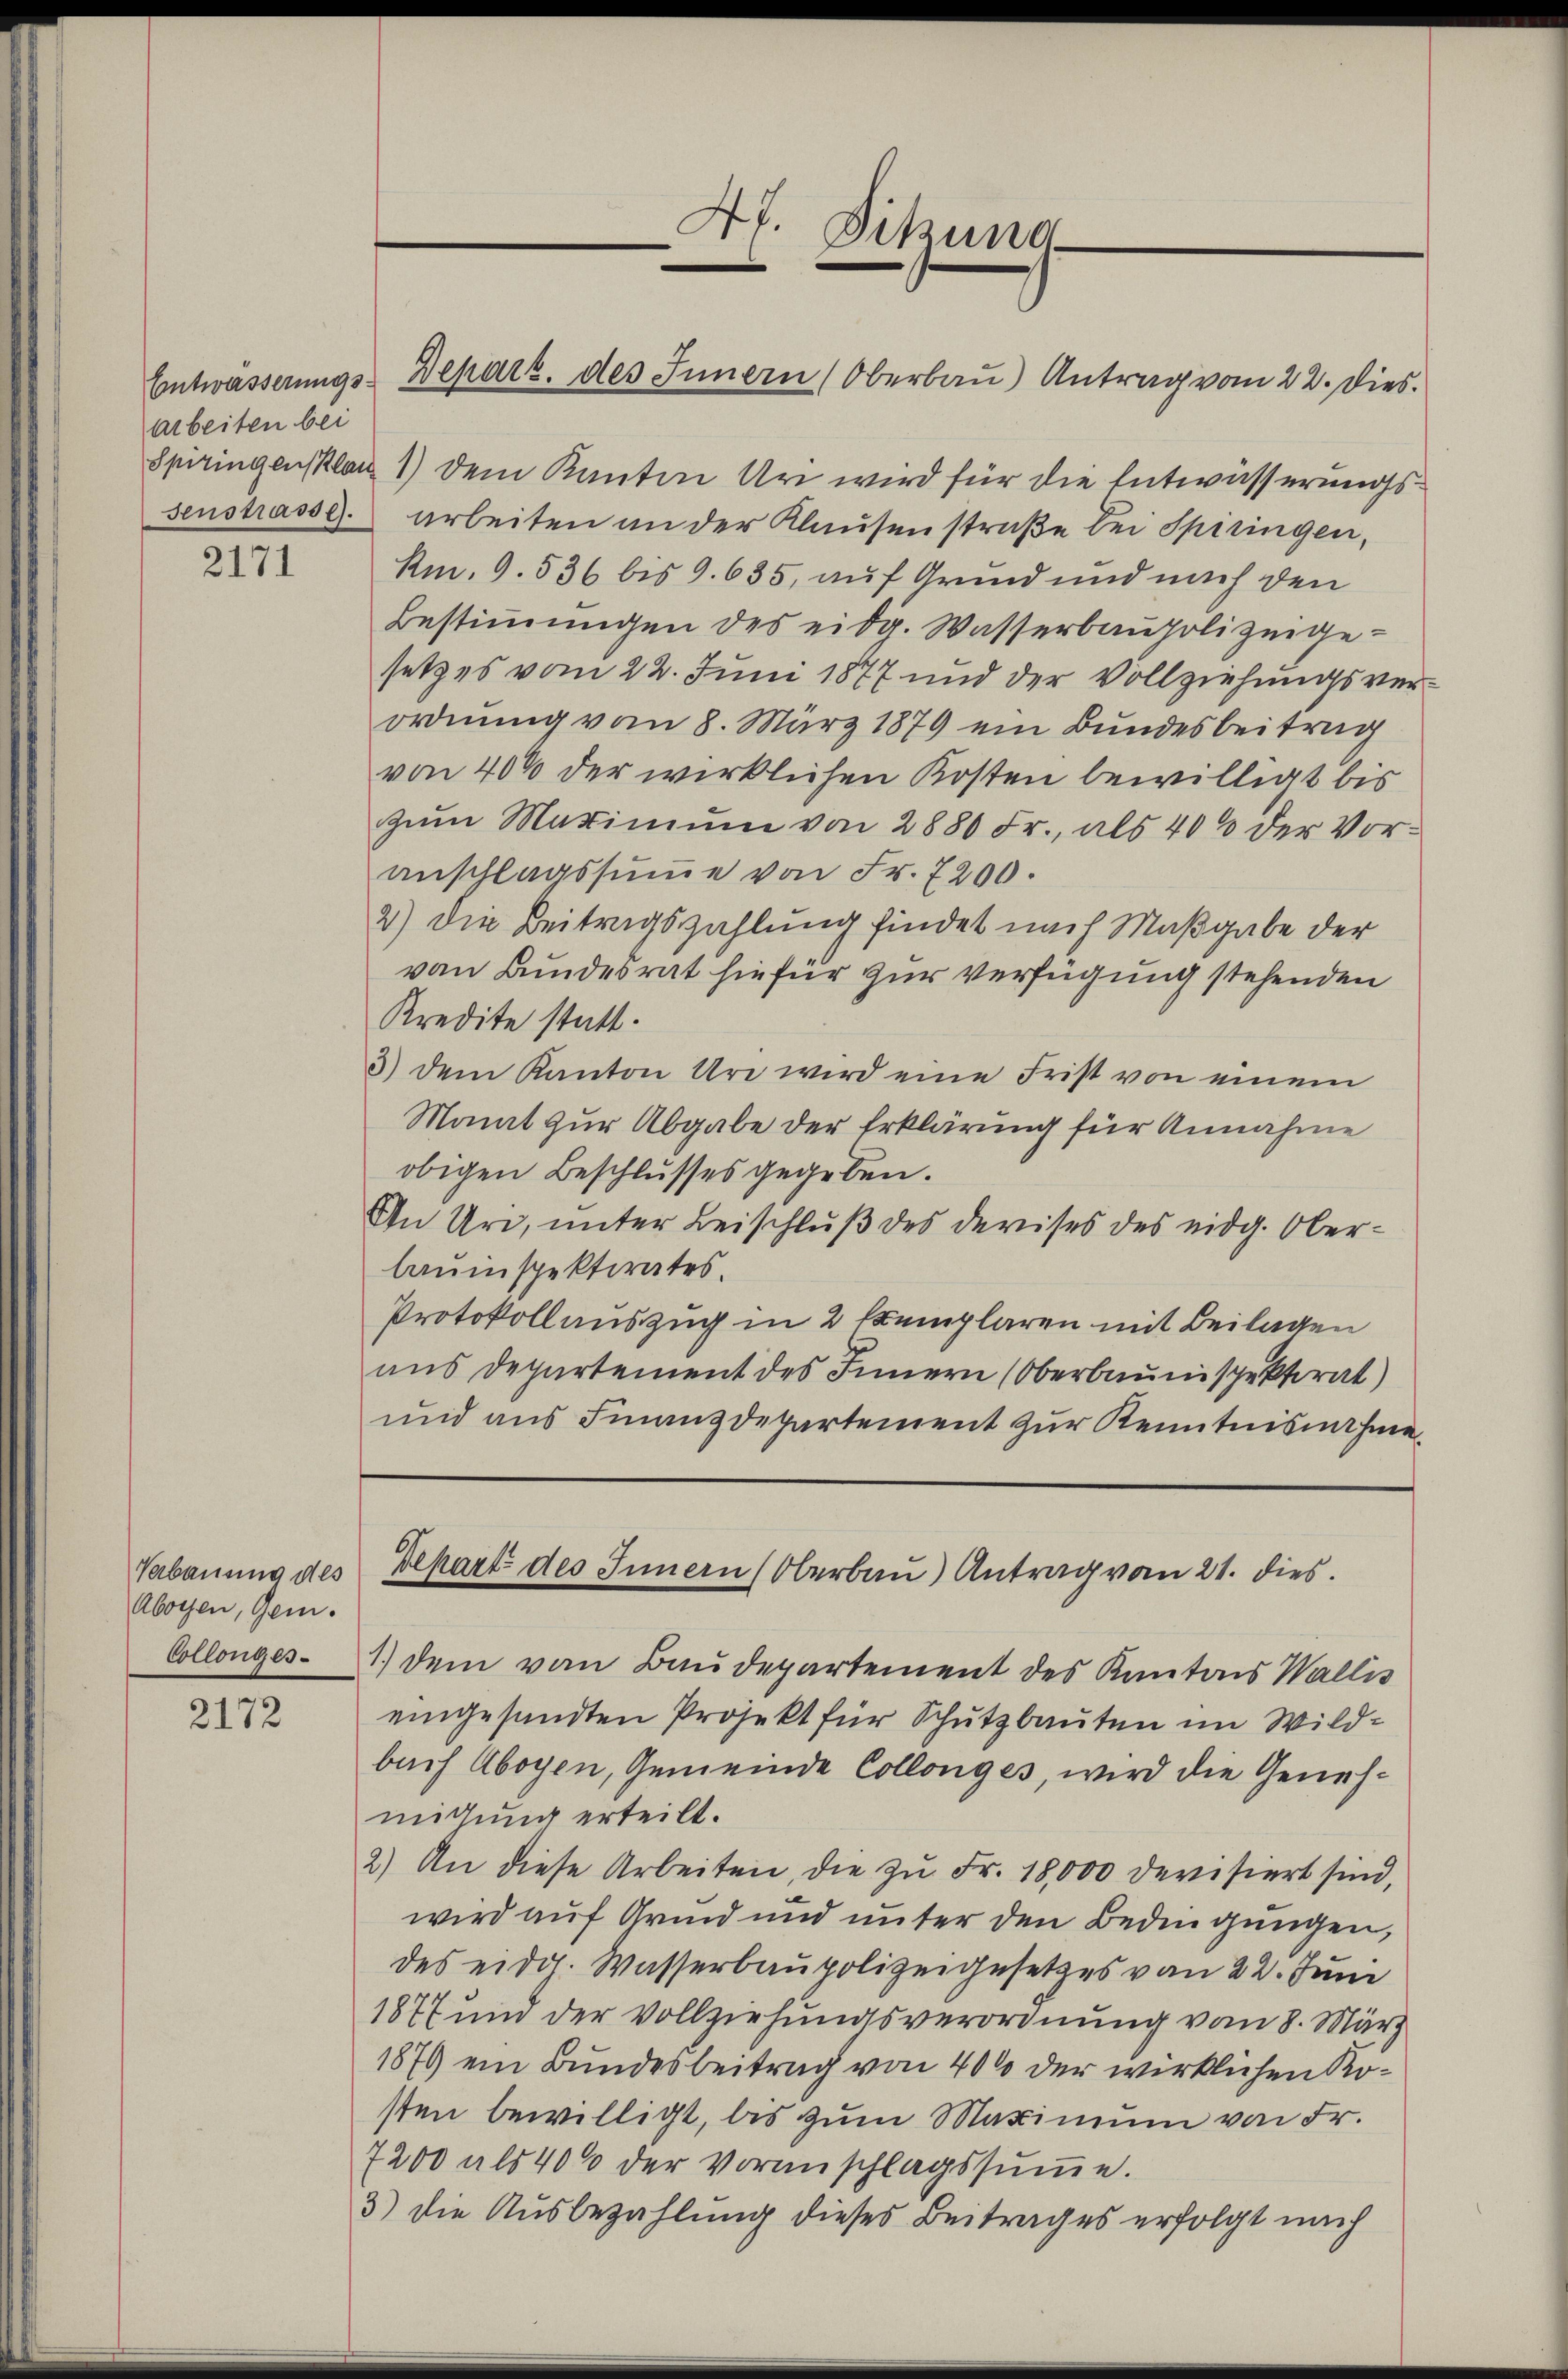
arbeiten bei

2171

Abogen, Gem.
Collenges

2172

Entwässerungs-Depart. des Innern (Oberbaŭ) Antrag vom 22. Dies

47. Sitzung

Verbauung des Depart des Innern (Oberbau) Antrag vom 21. dies

Spiringensplan 1) dem Kanton Uri wird für die Entwässerungssenstrasse Arbeiten an der Klausen straße bei Spiringen,
Am 9. 536 bis 9. 635, auf Grund und nach den
Bestimmungen des eidg. Wasserbaupolizeigesetzes vom 22. Juni 1877 und der Vollziehungsverordnung vom 8. März 1879 ein Bundesbeitrag
von 40% der wirklichen Kosten bewilligt bis
zum Marimum von 2880 Fr., als 400 der Voranschlagssŭṁe von Fr. 7200.
2) Die Beitragszahlung findet nach Maßgabe der
von Bundesrat hiefür zur Verfügung stehenden
Kredite statt.
3) dem Kanton Uri wird eine Frist von einem
Monat zur Abgabe der Erklärung für Annahme
obigen Beschlusses gegeben.
An Uri, unter Beischluß des devises des eidg. Oberlauinspektirates.
Protokollauszug in 2 Exemplaren mit Beilagen
aus Departement des Innern (Oberbaumspektorat)
und aus Finanzdepartement zur Kenntnisnahme

1.) Dem von Baudepartement des Kantons Wallis
eingesandten Projekt für Schutzbauten im Wildbach Aboyen, Gemeinde Collonges, wird die Genehmitung erteilt.
2.) An diese Arbeiten, die zu Fr. 18,000 devisiert sind,
wird auf Grund und unter den Bedingungen,
des eidg. Wasserbaupolizeigesetzes von 22. Juni
1877 und der vollziehungsverordnung vom 8. März
1879 ein Bundesbeitrag von 400 der wirklichen Kosten bewilligt, bis zum Maximum von Fr.
7200 als 400 der Voranschlagssumme.
3) die Ausbezahlung dieses Beitrages erfolgt nach